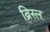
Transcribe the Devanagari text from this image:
ब्रिस्ल